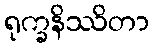
ရုက္ခနိဿိတာ